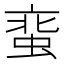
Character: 𧋲